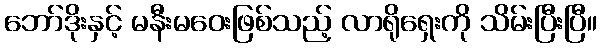
ဘော်ဒိုးနှင့် မနီးမဝေးဖြစ်သည့် လာရိုရှေးကို သိမ်းပြီးပြီ။